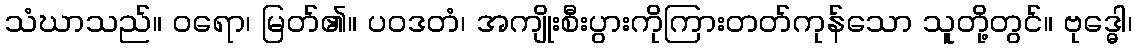
သံဃာသည်။ ဝရော၊ မြတ်၏။ ပဝဒတံ၊ အကျိုးစီးပွားကိုကြားတတ်ကုန်သော သူတို့တွင်။ ဗုဒ္ဓေါ၊